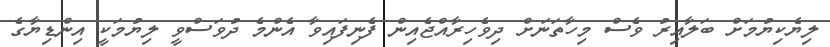
ލިޔެކިޔުމަށް ބަލާއިރު ވެސް މިހާތަނަށް ދިވެހިރާއްޖެއިން ފެނިފައިވާ އެންމެ ދުވަސްވީ ލިޔުމަކީ އިންޑިޔާގެ